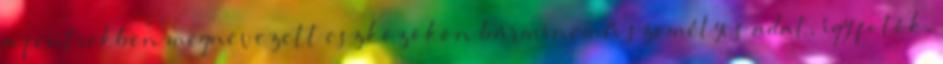
a fentiekben megnevezett eszközökön bárminemű személyes adat, így fotók,